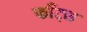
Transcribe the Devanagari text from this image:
फाँट्‌स